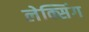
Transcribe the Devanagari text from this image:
लेक्सिंग